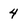
Character: 4